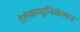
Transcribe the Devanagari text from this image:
टेलेकम्युनिकेशन